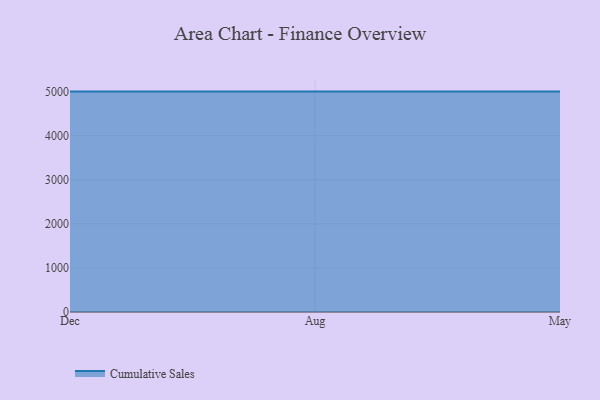
{"axis": {"x": "Month", "y": "Bounce Rate (%)"}, "legend": ["Cumulative Sales"], "data": [{"x": "Dec", "y": 5000, "type": "Cumulative Sales"}, {"x": "Aug", "y": 5000, "type": "Cumulative Sales"}, {"x": "May", "y": 5000, "type": "Cumulative Sales"}]}